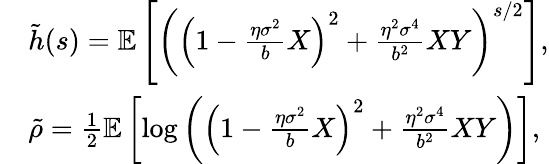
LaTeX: \begin{array}{rl}&{\tilde{h}(s)=\mathbb{E}\left[\left(\left(1-\frac{\eta\sigma^{2}}{b}X\right)^{2}+\frac{\eta^{2}\sigma^{4}}{b^{2}}XY\right)^{s/2}\right],}\\ &{\tilde{\rho}=\frac{1}{2}\mathbb{E}\left[\log\left(\left(1-\frac{\eta\sigma^{2}}{b}X\right)^{2}+\frac{\eta^{2}\sigma^{4}}{b^{2}}XY\right)\right],}\end{array}